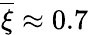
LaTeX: \overline{{\xi}}\approx 0.7